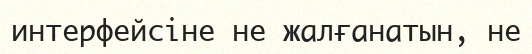
интерфейсіне не жалғанатын, не